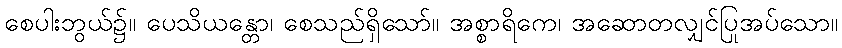
စေပါးဘွယ်၌။ ပေသိယန္တော၊ စေသည်ရှိသော်။ အစ္စာရိကေ၊ အဆောတလျှင်ပြုအပ်သော။